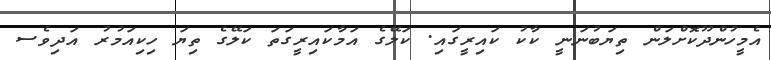
އެމީހުންދޫކޮށްލަން ތިޔަބުނަނީ ކާކު ކައިރީގައި. ކަލޭގެ އަމާކައިރީގަތަ ކަލޭގެ ތިޔަ ހިކިއަމުރު އަދިވެސ